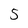
Character: 5